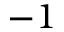
- 1